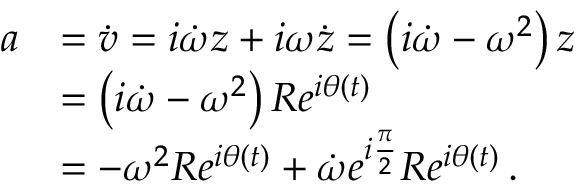
{ \begin{array} { r l } { a } & { = { \dot { v } } = i { \dot { \omega } } z + i \omega { \dot { z } } = \left( i { \dot { \omega } } - \omega ^ { 2 } \right) z } \\ & { = \left( i { \dot { \omega } } - \omega ^ { 2 } \right) R e ^ { i \theta ( t ) } } \\ & { = - \omega ^ { 2 } R e ^ { i \theta ( t ) } + { \dot { \omega } } e ^ { i { \frac { \pi } { 2 } } } R e ^ { i \theta ( t ) } \, . } \end{array} }